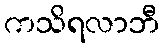
ကသိရလာဘီ